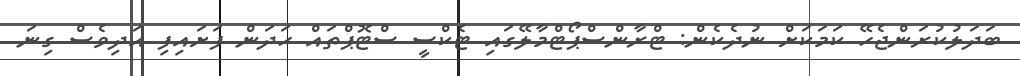
ބަދަލުކުރަންޖެހޭ ކަމަކަށް ނުދެކެން: ޓްރާންސްޕޯޓްމާލޭގައި ޓެކްސީ ސްޓޮޕްތައް ހަދަން ފަށައިފި އަދިވެސް ގިނަ